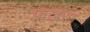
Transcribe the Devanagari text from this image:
पाखरण